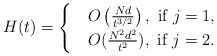
LaTeX: \begin{align*}H(t) = \begin{cases}&O\left(\frac{Nd}{t^{3/2}}\right), \mbox{ if $j=1$},\\&O(\frac{N^2d^2}{t^2}), \mbox{ if $j=2$}.\end{cases}\end{align*}